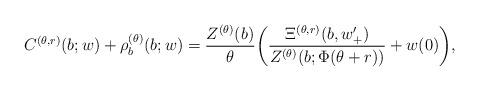
LaTeX: \begin{align*}C^{(\theta,r)}(b;w)+\rho^{(\theta)}_{b}(b;w)&=\dfrac{Z^{(\theta)}(b)}{\theta}\bigg(\dfrac{\Xi^{(\theta,r)}(b,w'_{+})}{Z^{(\theta)}(b;\Phi(\theta+r))}+w(0)\bigg),\end{align*}